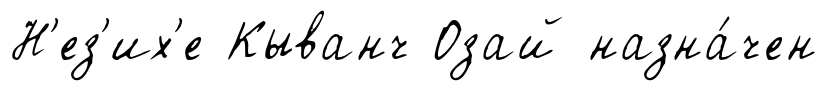
Н'ез'их'е Кыванч Озай назна́чен